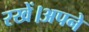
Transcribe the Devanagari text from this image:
रखें।अपने